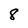
Character: 8